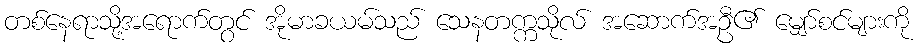
တစ်နေရာသို့အရောက်တွင် အိုမာခယမ်သည် သေနတက္ကသိုလ် အဆောက်အဦ၏ မျှော်စင်များကို